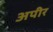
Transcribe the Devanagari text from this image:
अपीर